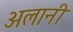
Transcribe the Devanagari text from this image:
अलानी